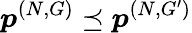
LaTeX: \boldsymbol{p}^{(N,G)}\preceq\boldsymbol{p}^{(N,G^{\prime})}